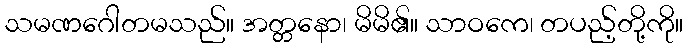
သမဏဂေါတမသည်။ အတ္တနော၊ မိမိ၏။ သာဝကေ၊ တပည့်တို့ကို။